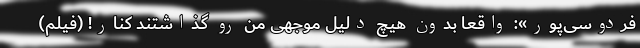
فردوسی‌پور»: واقعا بدون هیچ دلیل موجهی من رو گذاشتند کنار! (فیلم)